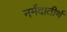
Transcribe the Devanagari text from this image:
नर्मदातीर्थ